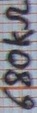
Text: 680kΩ